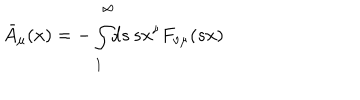
LaTeX: \bar { A } _ { \mu } ( x ) = - \int _ { 1 } ^ { \infty } \! \! d s \, s x ^ { \nu } F _ { \nu \mu } ( s x )